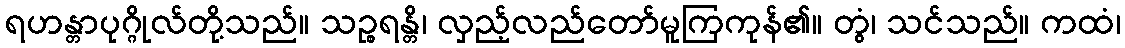
ရဟန္တာပုဂ္ဂိုလ်တို့သည်။ သဉ္စရန္တိ၊ လှည့်လည်တော်မူကြကုန်၏။ တွံ၊ သင်သည်။ ကထံ၊